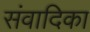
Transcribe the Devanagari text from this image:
संवादिका